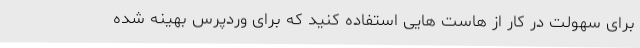
برای سهولت در کار از هاست هایی استفاده کنید که برای وردپرس بهینه شده